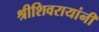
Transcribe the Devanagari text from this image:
श्रीशिवरायांनी